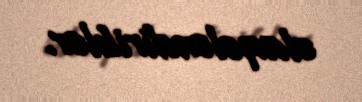
əlaqələndiriblər.